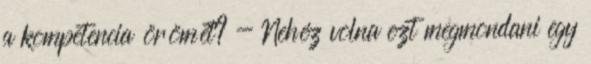
a kompetencia örömét? - Nehéz volna ezt megmondani egy